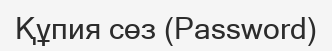
Құпия сөз (Password)